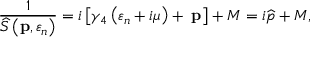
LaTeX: \frac { 1 } { \widehat { S } \left( \mathbf { p } , \varepsilon _ { n } \right) } = i \left[ \gamma _ { 4 } \left( \varepsilon _ { n } + i \mu \right) + \mathbf { \gamma p } \right] + M = i \widehat { p } + M ,